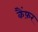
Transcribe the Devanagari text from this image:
कैंफ़र